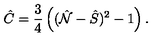
\hat { C } = \frac { 3 } { 4 } \left( ( \hat { \cal N } - \hat { S } ) ^ { 2 } - 1 \right) .